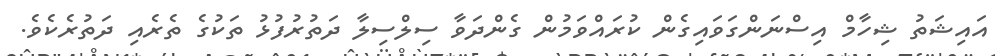
އައިޝަތު ޝިހާމް އިސްނަންގަވައިގެން ކުރައްވަމުން ގެންދަވާ ސިލްސިލާ ދަތުރުފުޅު ތަކުގެ ތެރެއި ދަތުރެކެވެ.